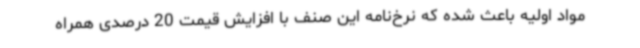
مواد اولیه باعث شده که نرخ‌نامه این صنف با افزایش قیمت 20 درصدی همراه